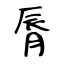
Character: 脣